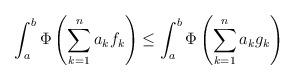
LaTeX: \begin{align*}\int_a^b\Phi\left(\sum_{k=1}^na_kf_k\right)\le \int_a^b\Phi\left(\sum_{k=1}^na_kg_k\right)\end{align*}